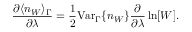
\frac { \partial \langle n _ { W } \rangle _ { \Gamma } } { \partial \lambda } = \frac { 1 } { 2 } \mathrm { V a r } _ { \Gamma } \{ n _ { W } \} \frac { \partial } { \partial \lambda } \ln [ W ] .